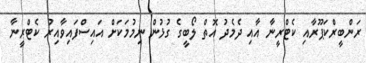
ރަންބީރްކަޕޫރާއި ކެޓްރީނާ އާއި ދެމެދު އޮތް ލޯބީގެ ގުޅުން ނިމުމަކަށް އައިސްފައިވާއިރު ކެޓްރީނާ